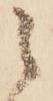
之